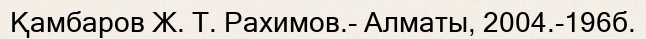
Қамбаров Ж. Т. Рахимов.- Алматы, 2004.-196б.